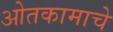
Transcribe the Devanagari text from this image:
ओतकामाचे